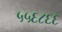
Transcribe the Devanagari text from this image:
५५६८६६